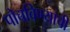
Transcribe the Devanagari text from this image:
पोचविण्याची